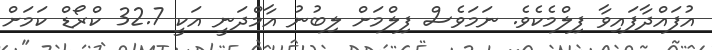
އުފައްދާފައިވާ ފިލްމެކެވެ. ނަމަވެސް ފިލްމަށް ލިބުނު އާމްދަނީ އަކީ 32.7 ކްރޯޑް ކަމަށް